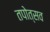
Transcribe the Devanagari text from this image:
तपोत्सव